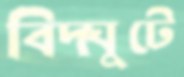
বিদ্ঘুটে